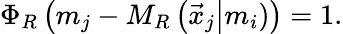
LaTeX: \Phi_{R}\left(m_{j}-M_{R}\left(\vec{x}_{j}\right\vert m_{i})\right)=1.